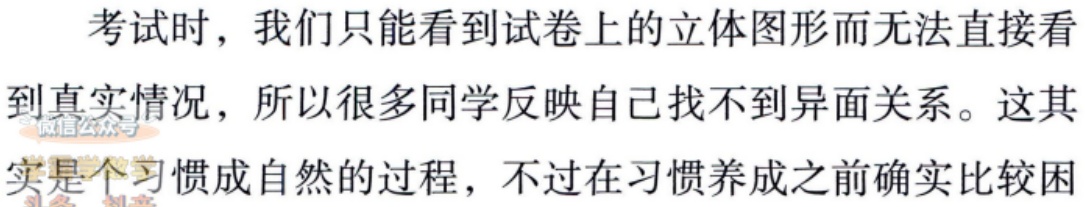
考试时，我们只能看到试卷上的立体图形而无法直接看
到真实情况，所以很多同学反映自己找不到异面关系。这其
实是个习惯成自然的过程，不过在习惯养成之前确实比较困